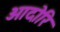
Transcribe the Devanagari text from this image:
ओदोरि